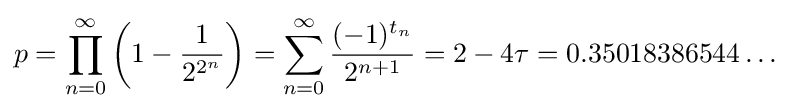
p=\prod _{n=0}^{\infty }\left(1-{\frac {1}{2^{2^{n}}}}\right)=\sum _{n=0}^{\infty }{\frac {(-1)^{t_{n}}}{2^{n+1}}}=2-4\tau =0.35018386544\ldots